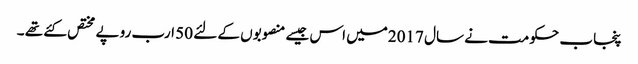
پنجاب حکومت نے سال 2017میں اس جیسے منصوبوں کے لئے 50 ارب روپے مختص کئے تھے ۔